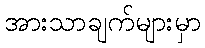
အားသာချက်များမှာ